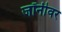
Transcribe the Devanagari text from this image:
जॉनीवर